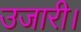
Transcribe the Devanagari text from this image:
उजारी।